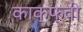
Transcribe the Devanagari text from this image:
काक्फ्वी